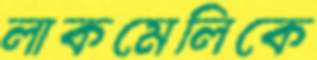
লাকমেলিকে